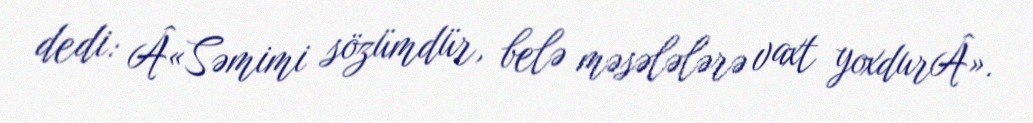
dedi: Â«Səmimi sözümdür, belə məsələlərə vaxt yoxdurÂ».